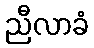
ညီလာခံ